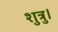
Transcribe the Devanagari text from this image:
शुत्रु।